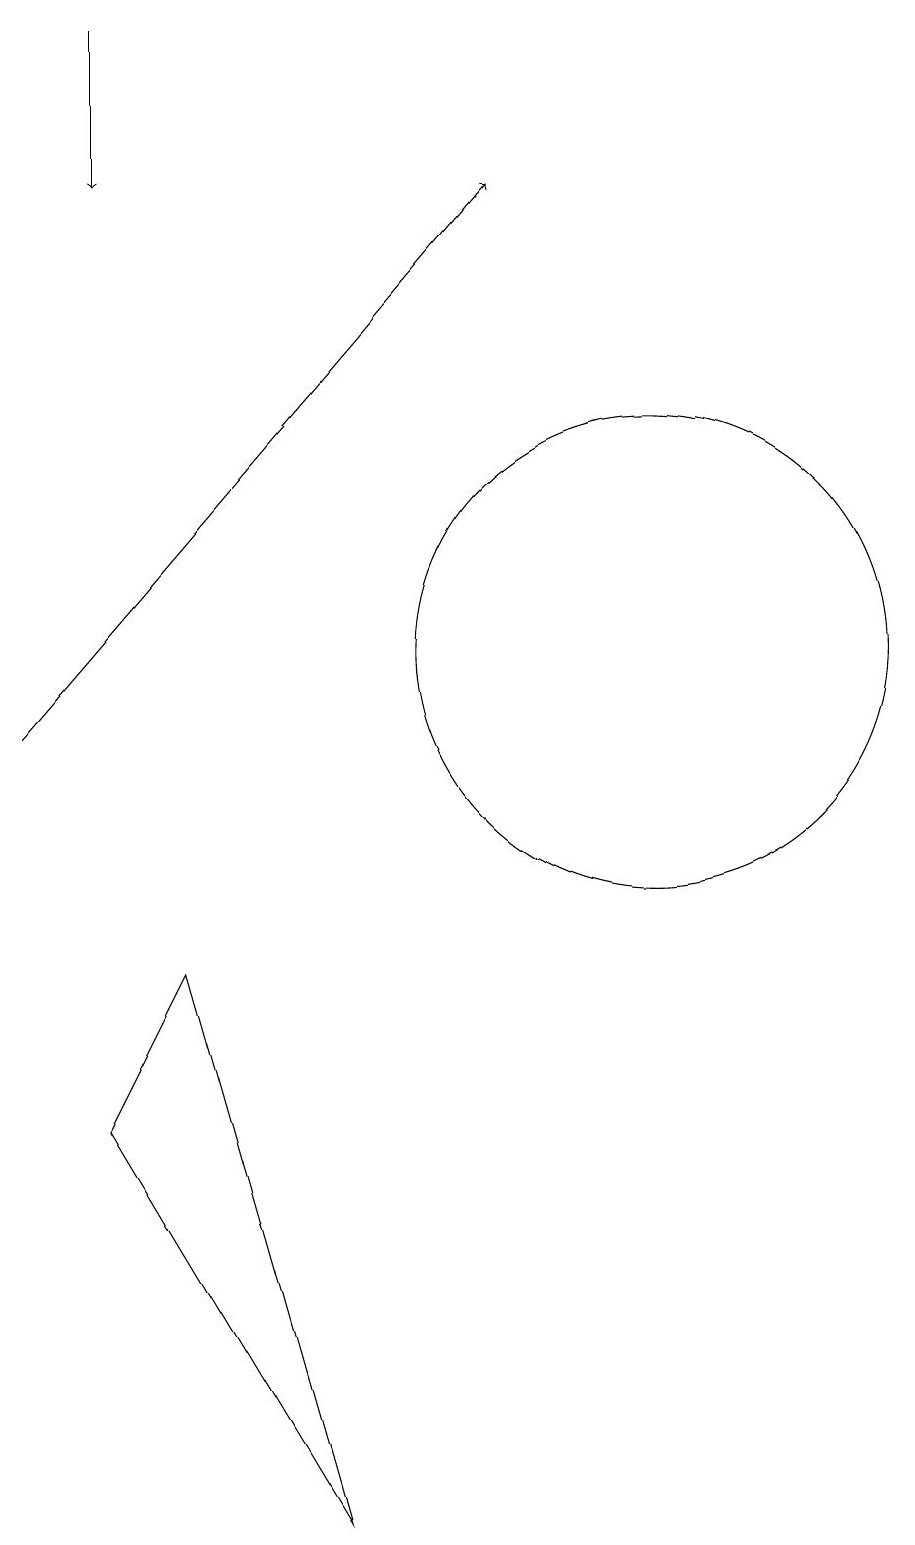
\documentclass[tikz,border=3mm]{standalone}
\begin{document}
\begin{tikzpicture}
\draw (7,0) -- (4,5) -- (5,7) -- cycle;
\draw (11,11) circle (3);
\draw[->] (3,10) -- (9,17);
\draw[->] (4,19) -- (4,17);
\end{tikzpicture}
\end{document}